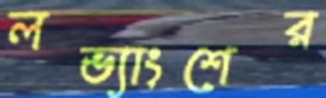
লভ্যাংশের